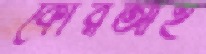
কোরআই